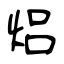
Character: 焒